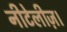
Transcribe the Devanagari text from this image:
नीटेलीज़।